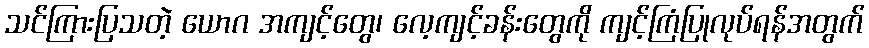
သင်ကြားပြသတဲ့ ယောဂ အကျင့်တွေ၊ လေ့ကျင့်ခန်းတွေကို ကျင့်ကြံပြုလုပ်ရန်အတွက်